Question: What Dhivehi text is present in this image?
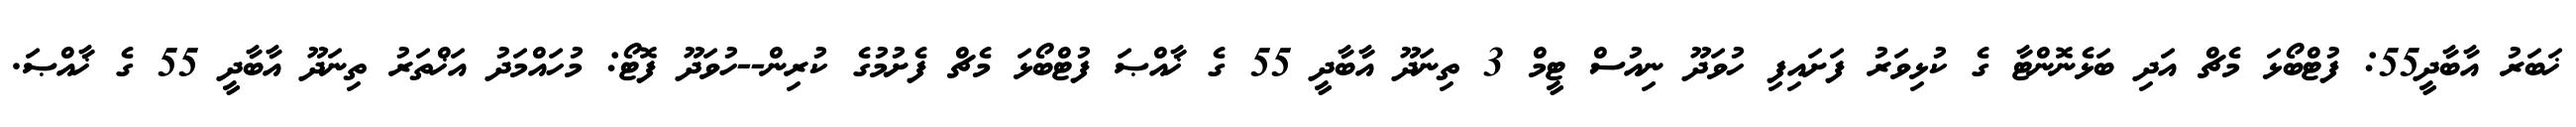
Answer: ޚަބަރު އާބާދީ55: ފުޓްބޯޅަ މެޗް އަދި ބަޅެނޮންޓާ ގެ ކުޅިވަރު ފަށައިފި ހުވަދޫ ނިއުސް ޓީމް 3 ތިނަދޫ އާބާދީ 55 ގެ ޚާއްޞަ ފުޓްބޯޅަ މެޗް ފެށުމުގެ ކުރިން--ހުވަދޫ ފޮޓޯ: މުހައްމަދު އަޚްތަރު ތިނަދޫ އާބާދީ 55 ގެ ޚާއްޞަ.